Report on the working of the Ranchi Indian Mental Hospital, Kanke, in Bihar and Orissa - 1930-1940
Year: 1930
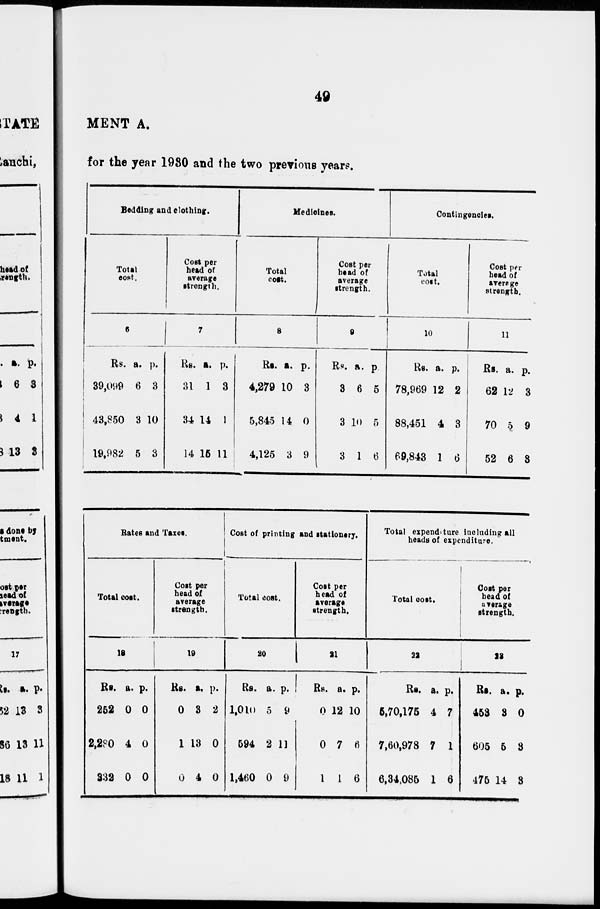
49
MENT A.
for the year 1930 and the two previous years.
Bedding and clothing.
Total
cost.
6
Rs.
39,099
43,850
19,982
a.
6
3
5
p.
3
10
3
Cost per
head of
average
strength.
7
Rs.
31
34
14
a.
1
14
15
p.
3
1
11
Medicines.
Total
cost.
8
Rs.
4,279
5,845
4,125
at.
10
14
3
p.
3
0
9
Cost per
head of
average
strength.
9
Rs.
3
3
3
a.
6
10
1
p
5
5
6
Contingencies.
Total
cost.
10
Rs.
78,969
88,451
69,843
a.
12
4
1
p.
2
3
6
Cost per
head of
average
strength.
11
Rs.
62
70
52
a.
12
5
6
p.
3
9
8
Rates and Taxes.
Total cost.
18
Rs.
252
2,280
332
a.
0
4
0
p.
0
0
0
Cost per
head of
average
strength.
19
Rs.
0
1
0
a.
3
13
4
p.
2
0
0
Cost of printing and stationery.
Total cost.
20
Rs.
1,010
594
1,460
a.
5
2
0
p.
9
11
9
Cost per
head of
average
strength.
21
Rs.
0
0
1
a.
12
7
1
p.
10
6
6
Total expenditure including all
heads of expenditure.
Total cost.
22
Rs.
5,70,175
7,60,978
6,34,085
a.
4
7
1
p.
7
1
6
Cost per
head of
average
strength.
23
Rs.
453
605
476
a.
3
5
14
p.
0
3
3